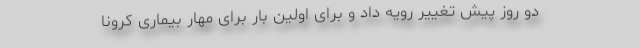
دو روز پیش تغییر رویه داد و برای اولین بار برای مهار بیماری کرونا